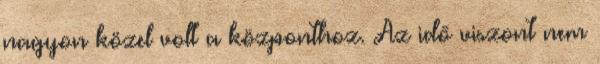
nagyon közel volt a központhoz. Az idő viszont nem